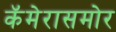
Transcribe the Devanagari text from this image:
कॅमेरासमोर